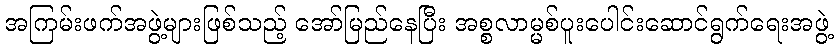
အကြမ်းဖက်အဖွဲ့များဖြစ်သည့် အော်မြည်နေပြီး အစ္စလာမ္မစ်ပူးပေါင်းဆောင်ရွက်ရေးအဖွဲ့